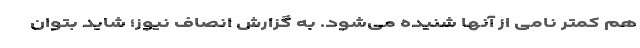
هم کمتر نامی از آنها شنیده می‌شود. به گزارش انصاف نیوز؛ شاید بتوان